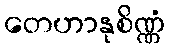
တေဟာနုစိဏ္ဏံ